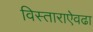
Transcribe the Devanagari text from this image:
विस्ताराऐवढा